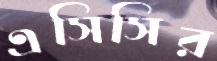
এসিসির